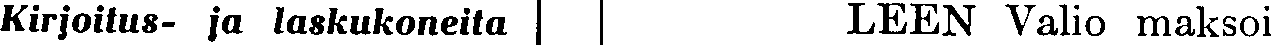
Kirjoitus- ja laskukoneita LEEN Valio maksoi